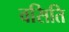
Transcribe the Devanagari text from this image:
वसिति